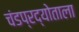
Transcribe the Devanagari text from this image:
चंडप्रद्योताला